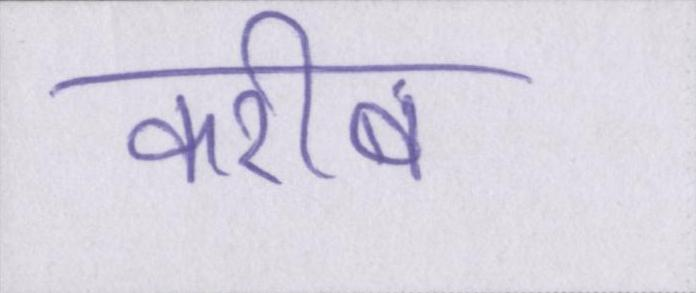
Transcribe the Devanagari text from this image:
करीब